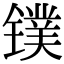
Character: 镤